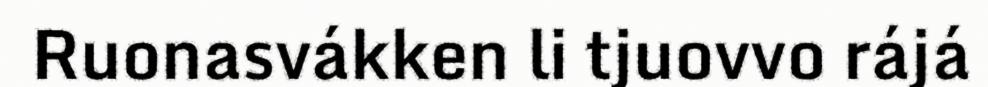
Ruonasvákken li tjuovvo rájá